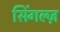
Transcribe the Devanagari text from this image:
सिंगल्ज़